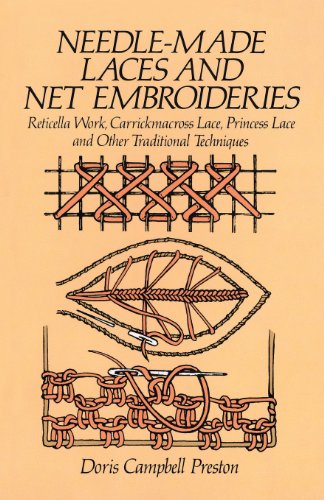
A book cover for Needle-Made Laces and Net Embroideries: Reticella Work, Carrickmacross Lace, Princess Lace and Other Traditional Techniques (Dover Knitting, Crochet, Tatting, Lace); Doris Campbell Preston; Crafts, Hobbies & Home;